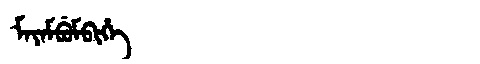
Manchu: ᠮᠠᠶᠠᠮᠪᡠᠮᠪᡳᡥᡝ
Romanization: MAYAMBUMBIHE